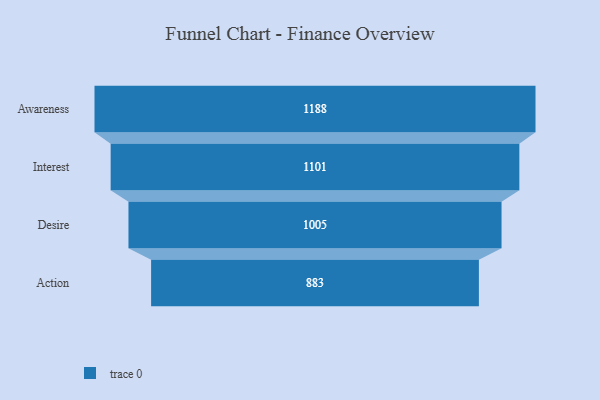
{"axis": {"x": "Stage", "y": "Value"}, "legend": [""], "data": [{"x": "Awareness", "y": 1188.0, "type": ""}, {"x": "Interest", "y": 1101.0, "type": ""}, {"x": "Desire", "y": 1005.0, "type": ""}, {"x": "Action", "y": 883.0, "type": ""}]}